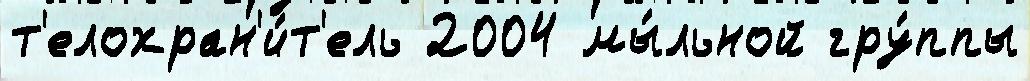
т'елохран'и́т'ель 2004 мы́льной гру́ппы